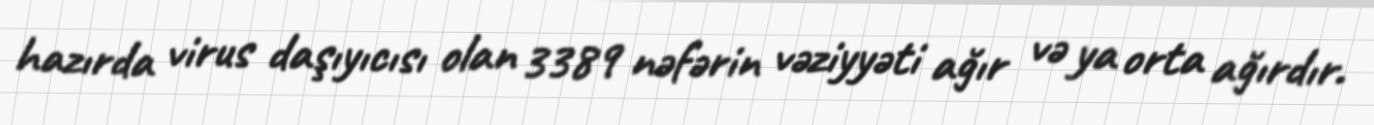
hazırda virus daşıyıcısı olan 3389 nəfərin vəziyyəti ağır və ya orta ağırdır.